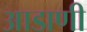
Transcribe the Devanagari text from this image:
आडाणी